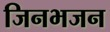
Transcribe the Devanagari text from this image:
जिनभजन